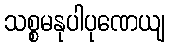
သစ္စမနုပါပုဏေယျ